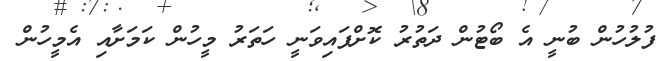
ފުލުހުން ބުނީ އެ ބޯޓުން ދަތުރު ކޮށްފައިވަނީ ހަތަރު މީހުން ކަމަށާއި އެމީހުން